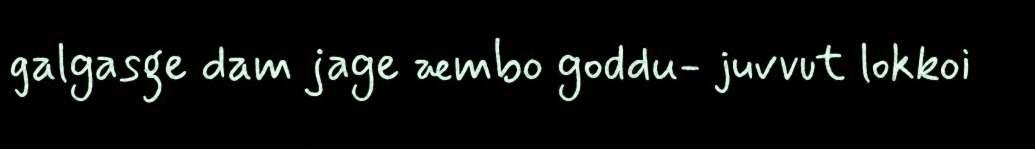
galgasge dam jage æmbo goddu- juvvut lokkoi